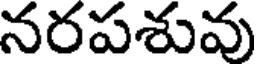
నరపశువు